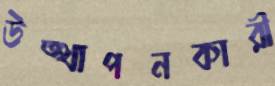
উত্থাপনকারী